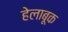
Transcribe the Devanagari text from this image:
हेलाबूक